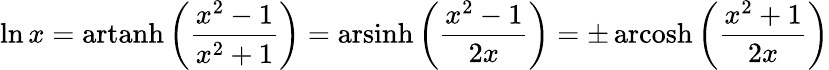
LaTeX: \ln x=\operatorname{artanh}\left({\frac{x^{2}-1}{x^{2}+1}}\right)=\operatorname{arsinh}\left({\frac{x^{2}-1}{2x}}\right)=\pm\operatorname{arcosh}\left({\frac{x^{2}+1}{2x}}\right)